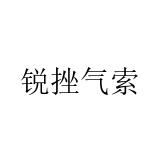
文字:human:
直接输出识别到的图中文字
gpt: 锐挫气索